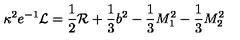
\kappa ^ { 2 } e ^ { - 1 } { \cal { L } } = \frac { 1 } { 2 } { \cal { R } } + \frac { 1 } { 3 } b ^ { 2 } - \frac { 1 } { 3 } M _ { 1 } ^ { 2 } - \frac { 1 } { 3 } M _ { 2 } ^ { 2 }